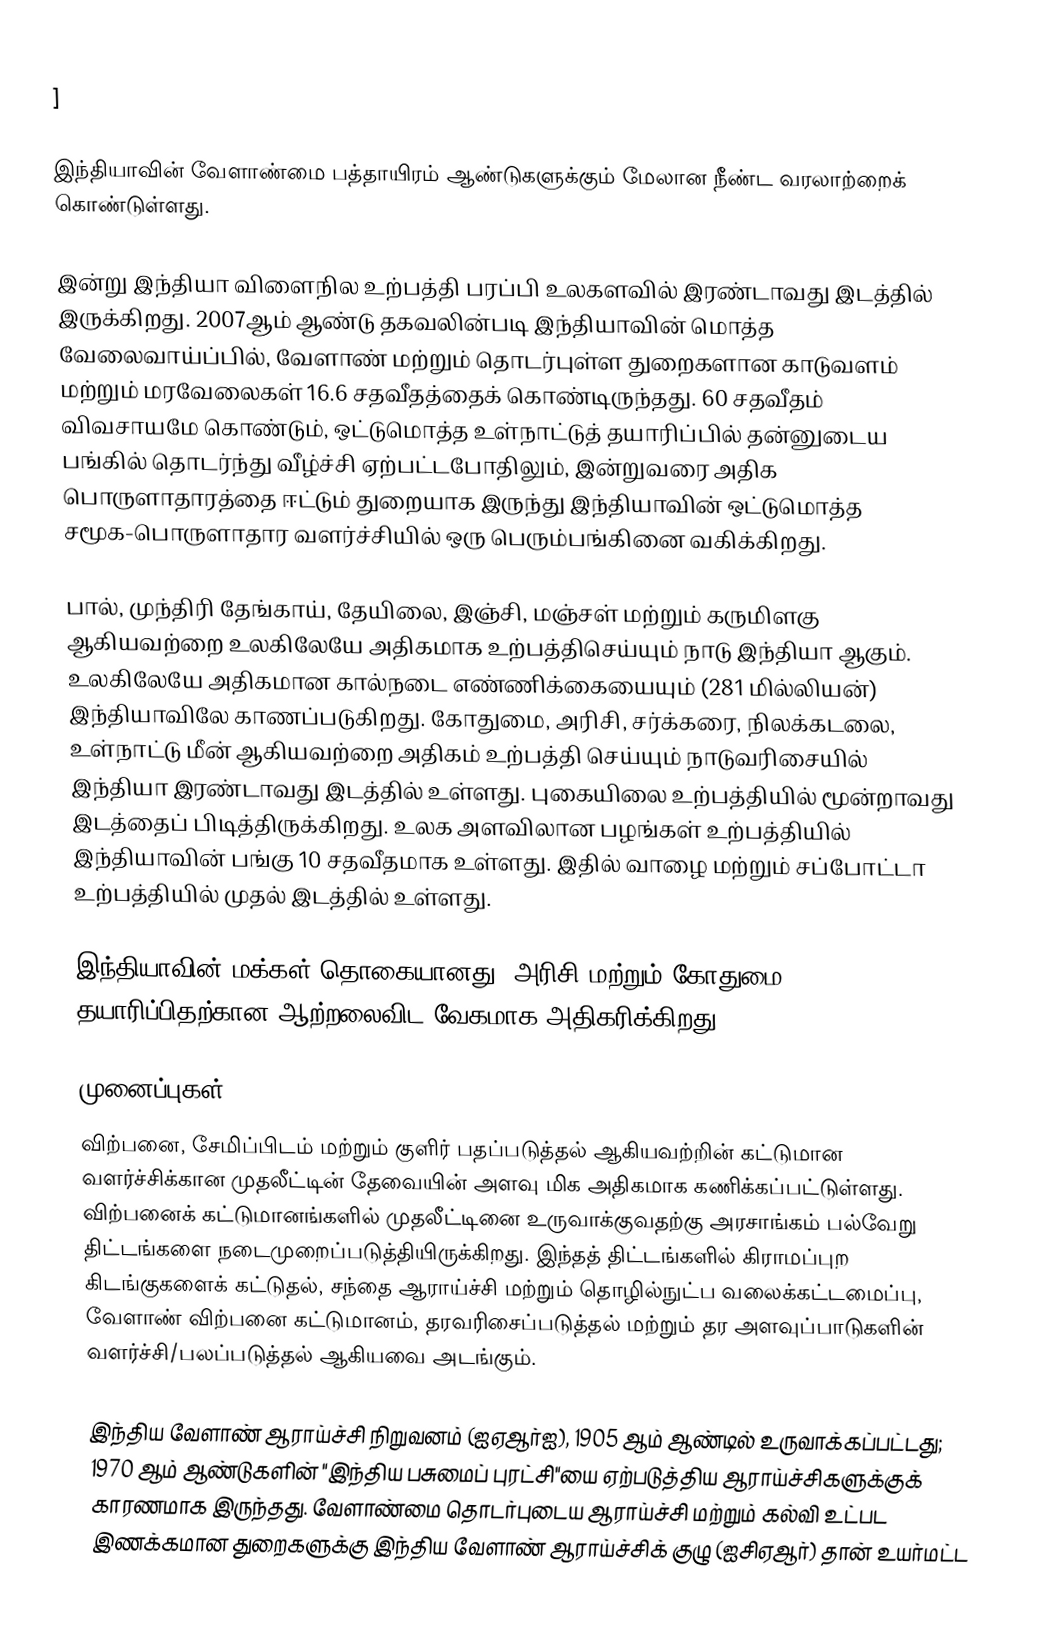
]

இந்தியாவின் வேளாண்மை பத்தாயிரம் ஆண்டுகளுக்கும் மேலான நீண்ட வரலாற்றைக் கொண்டுள்ளது.

இன்று இந்தியா விளைநில உற்பத்தி பரப்பி உலகளவில் இரண்டாவது இடத்தில் இருக்கிறது. 2007ஆம் ஆண்டு தகவலின்படி இந்தியாவின் மொத்த வேலைவாய்ப்பில், வேளாண் மற்றும் தொடர்புள்ள துறைகளான காடுவளம் மற்றும் மரவேலைகள் 16.6 சதவீதத்தைக் கொண்டிருந்தது. 60 சதவீதம் விவசாயமே கொண்டும், ஒட்டுமொத்த உள்நாட்டுத் தயாரிப்பில் தன்னுடைய பங்கில் தொடர்ந்து வீழ்ச்சி ஏற்பட்டபோதிலும், இன்றுவரை அதிக பொருளாதாரத்தை ஈட்டும் துறையாக இருந்து இந்தியாவின் ஒட்டுமொத்த சமூக-பொருளாதார வளர்ச்சியில் ஒரு பெரும்பங்கினை வகிக்கிறது.

பால், முந்திரி தேங்காய், தேயிலை, இஞ்சி, மஞ்சள் மற்றும் கருமிளகு ஆகியவற்றை உலகிலேயே அதிகமாக உற்பத்திசெய்யும் நாடு இந்தியா ஆகும். உலகிலேயே அதிகமான கால்நடை எண்ணிக்கையையும் (281 மில்லியன்) இந்தியாவிலே காணப்படுகிறது. கோதுமை, அரிசி, சர்க்கரை, நிலக்கடலை, உள்நாட்டு மீன் ஆகியவற்றை அதிகம் உற்பத்தி செய்யும் நாடுவரிசையில் இந்தியா இரண்டாவது இடத்தில் உள்ளது. புகையிலை உற்பத்தியில் மூன்றாவது இடத்தைப் பிடித்திருக்கிறது. உலக அளவிலான பழங்கள் உற்பத்தியில் இந்தியாவின் பங்கு 10 சதவீதமாக உள்ளது. இதில் வாழை மற்றும் சப்போட்டா உற்பத்தியில் முதல் இடத்தில் உள்ளது.

இந்தியாவின் மக்கள் தொகையானது, அரிசி மற்றும் கோதுமை தயாரிப்பிதற்கான ஆற்றலைவிட வேகமாக அதிகரிக்கிறது.

முனைப்புகள்
விற்பனை, சேமிப்பிடம் மற்றும் குளிர் பதப்படுத்தல் ஆகியவற்றின் கட்டுமான வளர்ச்சிக்கான முதலீட்டின் தேவையின் அளவு மிக அதிகமாக கணிக்கப்பட்டுள்ளது. விற்பனைக் கட்டுமானங்களில் முதலீட்டினை உருவாக்குவதற்கு அரசாங்கம் பல்வேறு திட்டங்களை நடைமுறைப்படுத்தியிருக்கிறது. இந்தத் திட்டங்களில் கிராமப்புற கிடங்குகளைக் கட்டுதல், சந்தை ஆராய்ச்சி மற்றும் தொழில்நுட்ப வலைக்கட்டமைப்பு,  வேளாண் விற்பனை கட்டுமானம், தரவரிசைப்படுத்தல் மற்றும் தர அளவுப்பாடுகளின் வளர்ச்சி/பலப்படுத்தல் ஆகியவை அடங்கும்.

இந்திய வேளாண் ஆராய்ச்சி நிறுவனம் (ஐஏஆர்ஐ), 1905 ஆம் ஆண்டில் உருவாக்கப்பட்டது; 1970 ஆம் ஆண்டுகளின் "இந்திய பசுமைப் புரட்சி"யை ஏற்படுத்திய ஆராய்ச்சிகளுக்குக் காரணமாக இருந்தது. வேளாண்மை தொடர்புடைய ஆராய்ச்சி மற்றும் கல்வி உட்பட இணக்கமான துறைகளுக்கு இந்திய வேளாண் ஆராய்ச்சிக் குழு (ஐசிஏஆர்) தான் உயர்மட்ட